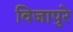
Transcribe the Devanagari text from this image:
विजापुरे